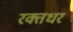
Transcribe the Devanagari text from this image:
रक्तधर